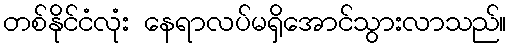
တစ်နိုင်ငံလုံး နေရာလပ်မရှိအောင်သွားလာသည်။